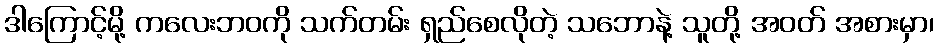
ဒါကြောင့်မို့ ကလေးဘဝကို သက်တမ်း ရှည်စေလိုတဲ့ သဘောနဲ့ သူတို့ အဝတ် အစားမှာ၊